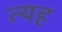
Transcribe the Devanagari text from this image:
त्यह